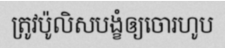
ត្រូវប៉ូលិសបង្ខំឲ្យចោរហូប